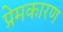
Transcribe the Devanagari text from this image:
प्रेमकारण